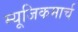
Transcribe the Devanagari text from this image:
म्यूजिकमार्च